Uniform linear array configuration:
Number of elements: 12
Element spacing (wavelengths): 1
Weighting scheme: blackman
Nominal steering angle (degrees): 15
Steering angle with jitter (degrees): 15.338
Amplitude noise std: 0.05
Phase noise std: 0.05

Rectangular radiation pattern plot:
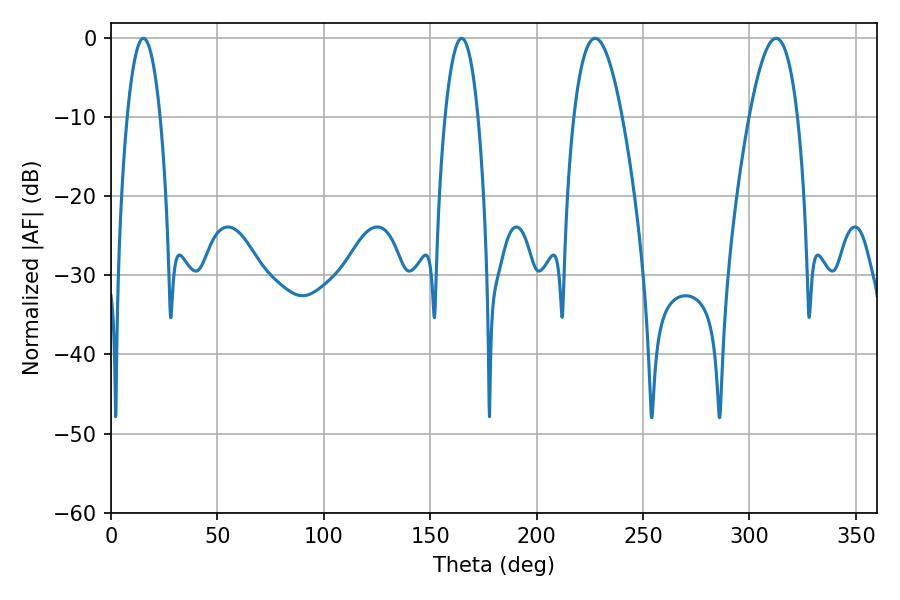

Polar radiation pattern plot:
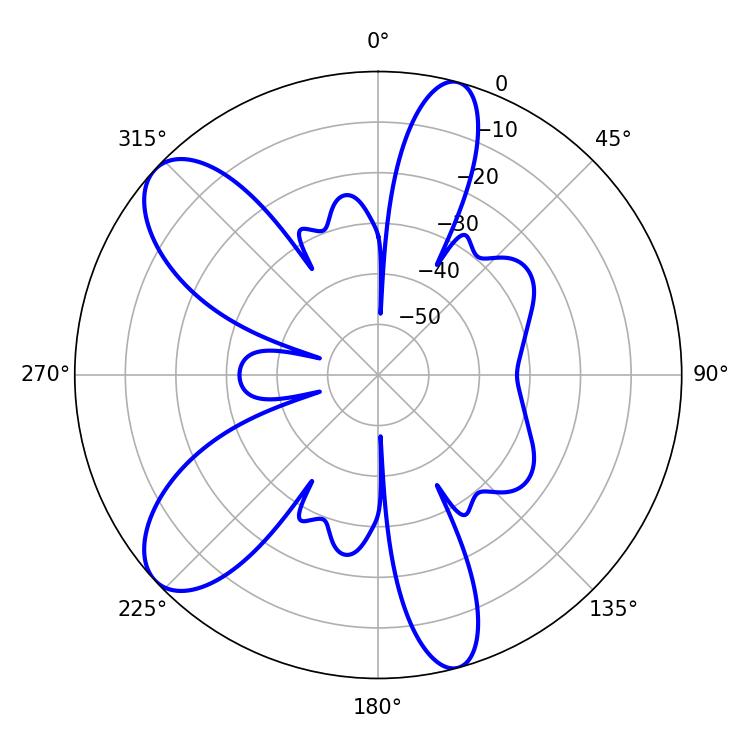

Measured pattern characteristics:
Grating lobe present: TRUE
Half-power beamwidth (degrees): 12.42
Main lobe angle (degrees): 227.52